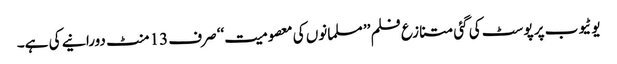
یوٹیوب پر پوسٹ کی گئی متنازع فلم ’’ مسلمانوں کی معصومیت‘‘ صرف 13 منٹ دورانیے کی ہے۔